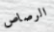
الرصاص